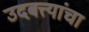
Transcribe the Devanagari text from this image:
उदबत्त्यांचा